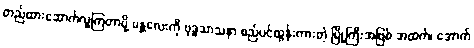
တည်ထားဆောက်လှူကြတာမို့ မန္တလေးကို ဗုဒ္ဓသာသနာ စည်ပင်ထွန်းကားတဲ့ မြို့ကြီးအဖြစ် အထက်၊ အောက်